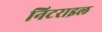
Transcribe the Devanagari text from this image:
निटराइल